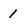
Character: 1